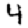
Digit: 4